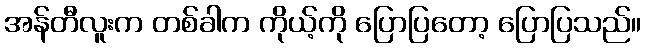
အန်တီလူးက တစ်ခါက ကိုယ့်ကို ပြောပြတော့ ပြောပြသည်။